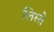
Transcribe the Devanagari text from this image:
लिस्ते